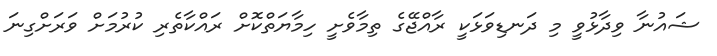
ޝައުނާ ވިދާޅުވީ މި ދަނޑިވަޅަކީ ރާއްޖޭގެ ތިމާވެށީ ހިމާޔަތްކޮށް ރައްކާތެރި ކުރުމަށް ވަރަށްގިނަ